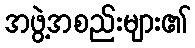
အဖွဲ့အစည်းများ၏